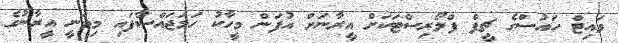
ވައިޓް ހައުސްގެ ޗީފް ފްލޯރިސްޓަކަށް އީރާނަށް އުފަން މީހާކު ހަމަޖައްސާފައި މިވަނީ އީރާނުގެ